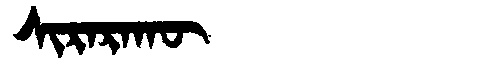
Manchu: ᠰᡳᡵᠠᡵᠠᡴᡡ
Romanization: SIRARAKŪ